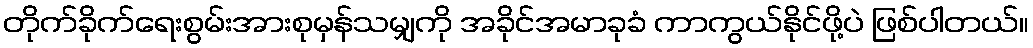
တိုက်ခိုက်ရေးစွမ်းအားစုမှန်သမျှကို အခိုင်အမာခုခံ ကာကွယ်နိုင်ဖို့ပဲ ဖြစ်ပါတယ်။